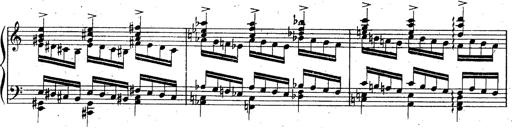
Title: God Save the Queen
Composer: Charles LÃ©on Hess
Key: A major